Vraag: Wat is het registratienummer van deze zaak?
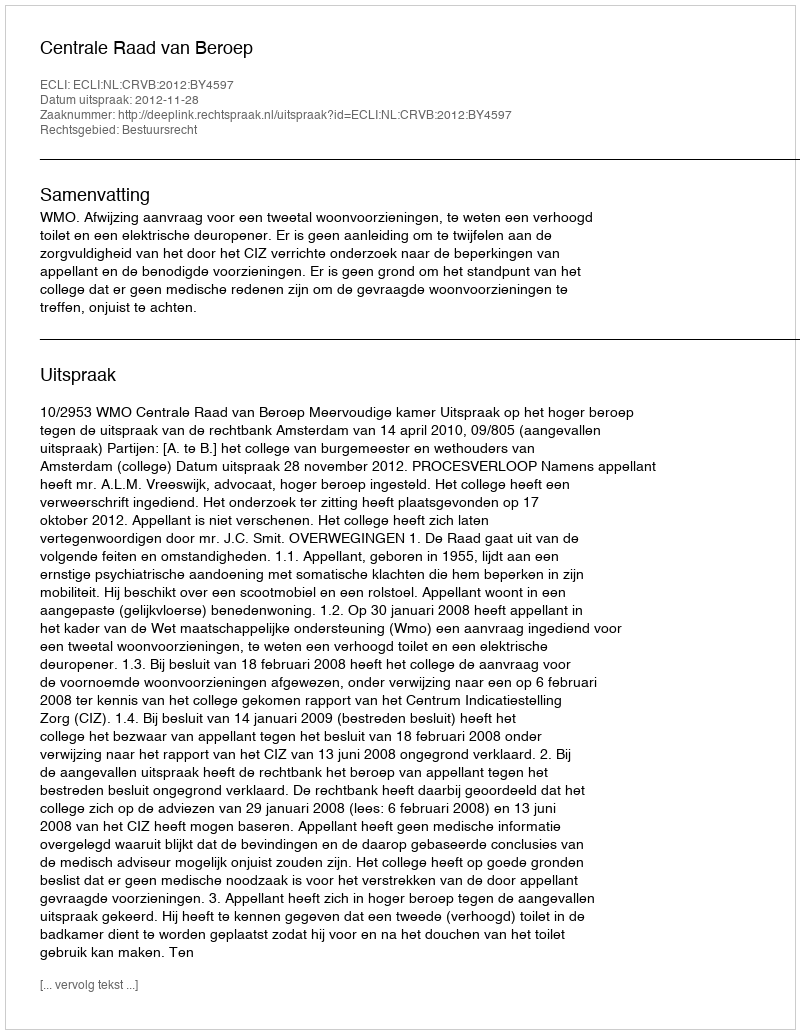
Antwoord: http://deeplink.rechtspraak.nl/uitspraak?id=ECLI:NL:CRVB:2012:BY4597